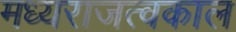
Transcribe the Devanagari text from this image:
मध्यराजत्वकाल